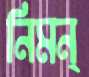
নিমন্